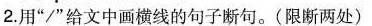
2.用”/”给文中画横线的句子断句。(限断两处)